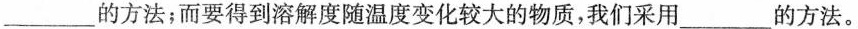
___的方法；而要得到溶解度随温度变化较大的物质，我们采用___的方法。